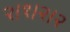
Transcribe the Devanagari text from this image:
२।१।२।२